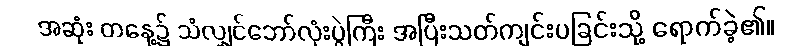
အဆုံး တနေ့၌ သံလျှင်ဘော်လုံးပွဲကြီး အပြီးသတ်ကျင်းပခြင်းသို့ ရောက်ခဲ့၏။